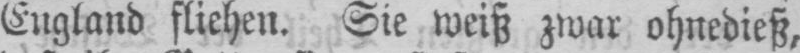
England fliehen. Sie weiß zwar ohnedieß,